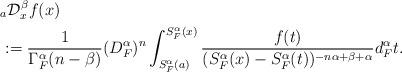
LaTeX: \begin{align*} & _{a}\mathcal{D}_{x}^{\beta} f(x)\\&:=\frac{1}{\Gamma^{\alpha}_{F}(n-\beta)} (D_{F}^{\alpha})^n\int_{S_{F}^{\alpha}(a)}^{S_{F}^{\alpha}(x)}\frac{f(t)} {(S_{F}^{\alpha}(x)-S_{F}^{\alpha}(t))^{-n\alpha+\beta+\alpha}}d_{F}^{\alpha}t. \end{align*}